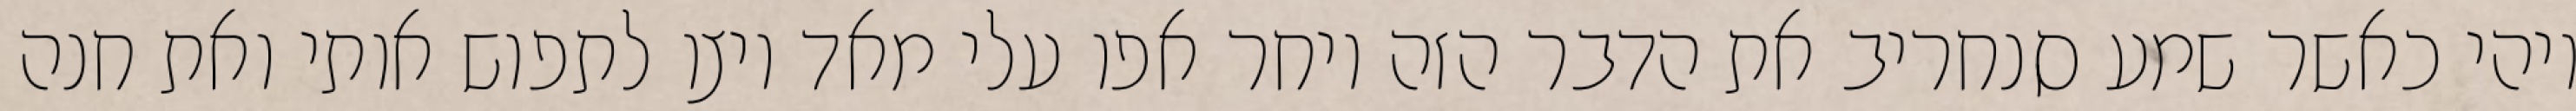
ויהי כאשר שמע סנחריב את הדבר הזה ויחר אפו עלי מאד ויצו לתפוש אותי ואת חנה